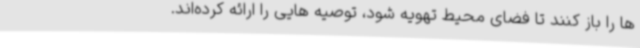
ها را باز کنند تا فضای محیط تهویه شود، توصیه هایی را ارائه کرده‌اند.